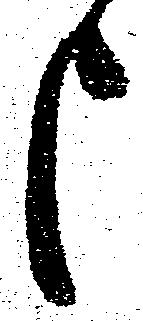
申